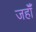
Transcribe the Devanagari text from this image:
जहॉँ